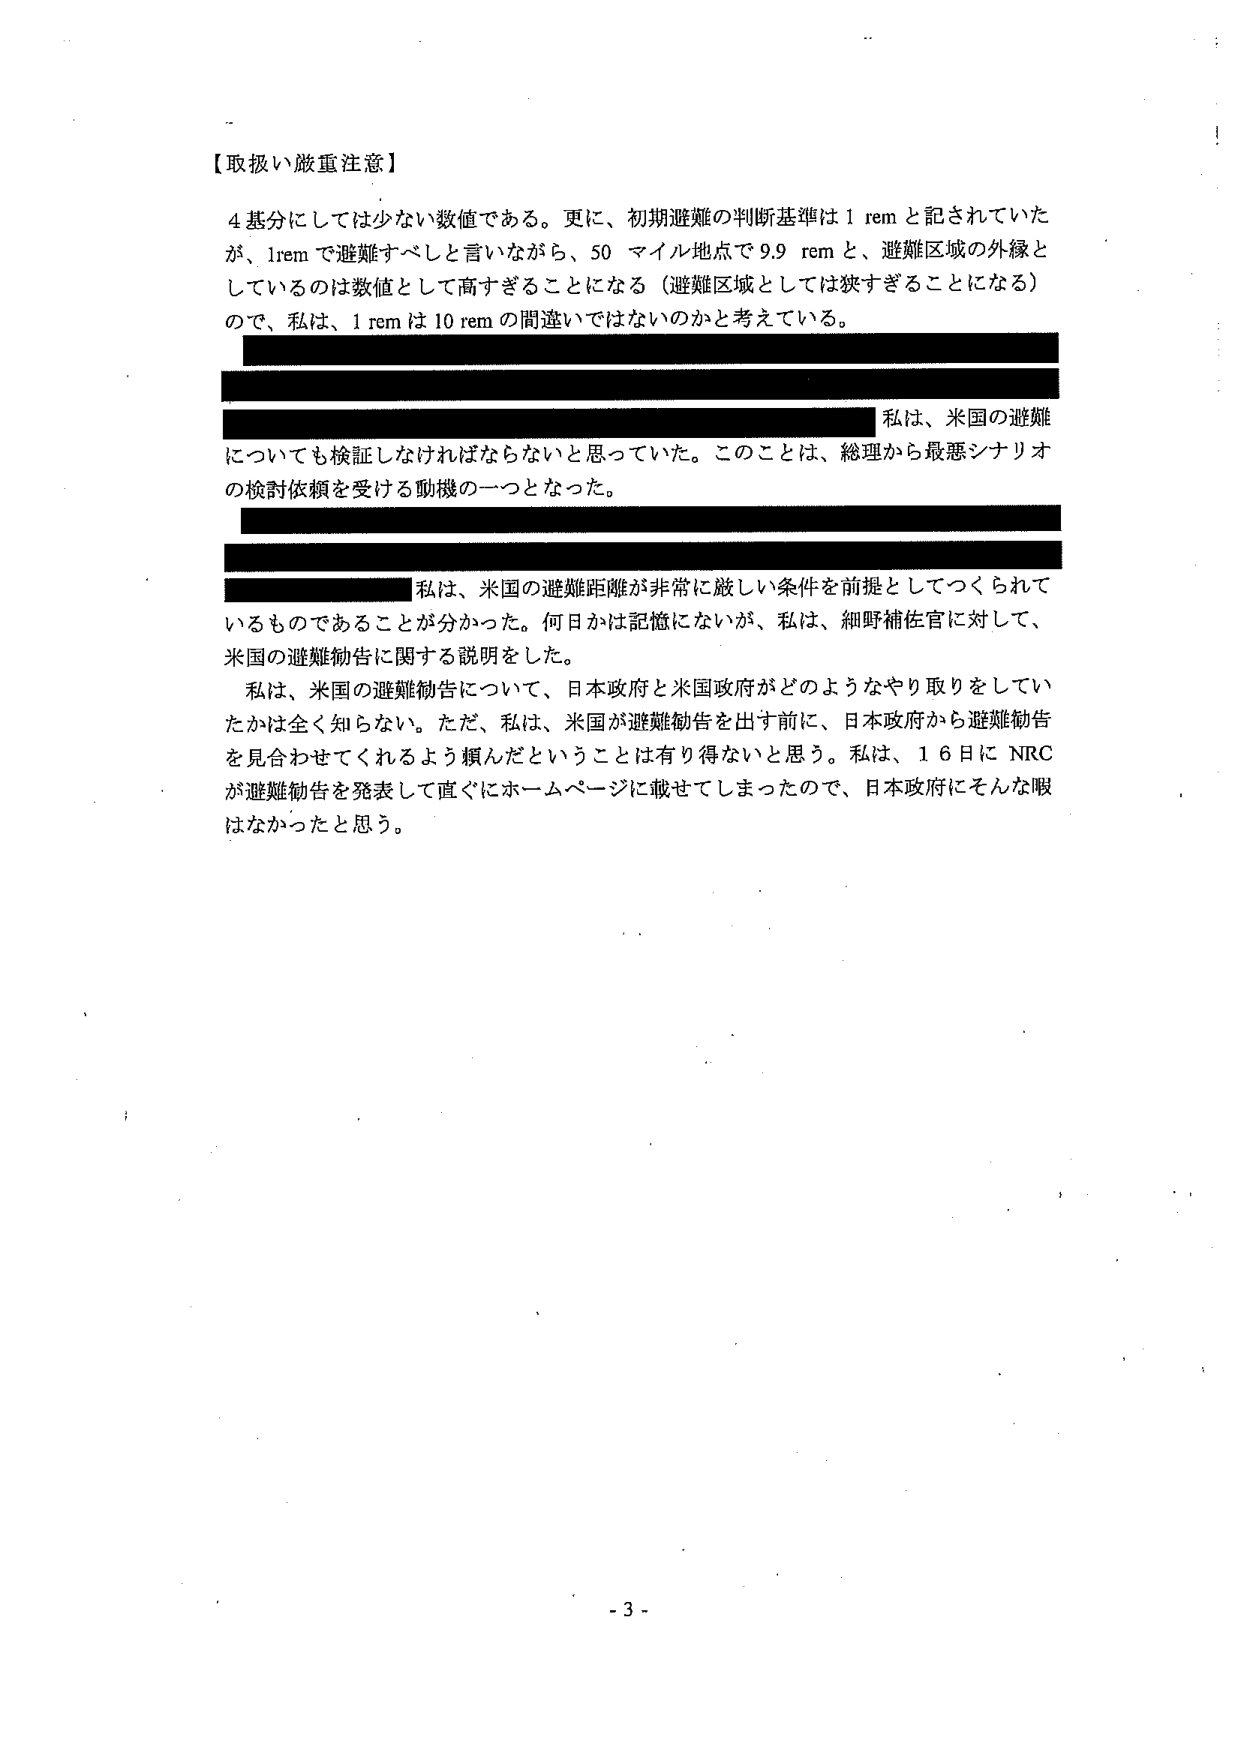
【取扱い厳重注意】

4基分にしては少ない数値である。更に、初期避難の判断基準は1 remと記されていたが、1remで避難すべしと言いながら、50 マイル地点で9.9 remと、避難区域の外縁としているのは数値として高すぎることになる（避難区域としては狭すぎることになる）ので、私は、1 remは10 remの間違いではないのかと考えている。

私は、米国の避難についても検証しなければならないと思っていた。このことは、総理から最悪シナリオの検討依頼を受ける動機の一つとなった。

私は、米国の避難距離が非常に厳しい条件を前提としてつくられているものであることが分かった。何日かは記憶にないが、私は、細野補佐官に対して、米国の避難勧告に関する説明をした。

私は、米国の避難勧告について、日本政府と米国政府がどのようなやり取りをしていたかは全く知らない。ただ、私は、米国が避難勧告を出す前に、日本政府から避難勧告を見合わせてくれるよう頼んだということは有り得ないと思う。私は、16日にNRCが避難勧告を発表して直ぐにホームページに載せてしまったので、日本政府にそんな暇はなかったと思う。

- 3 -